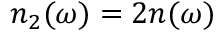
n _ { 2 } ( \omega ) = 2 n ( \omega )